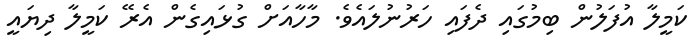
ކަމީލާ އުފަލުން ބިމުގައި ދެފައި ހަރުނުލައެވެ. މާހާއަށް ގުޅައިގެން އެރޭ ކަމީލާ ދިޔައީ